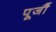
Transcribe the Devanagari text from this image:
पूजौं